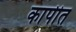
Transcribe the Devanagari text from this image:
कापीत